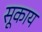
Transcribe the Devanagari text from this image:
सूकाय